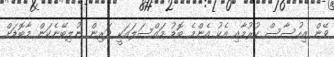
ވޭން އިހުސާސް ކުރުމާއި އެކު އެންމެ ބޮޑު މައްސަލައަކީ ދަރިން ނުލިބޭނެކަން މާބޮޑަށް